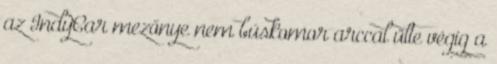
az IndyCar mezőnye nem búskomor arccal ülte végig a